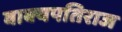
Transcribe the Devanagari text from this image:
वाक्यपतिराज